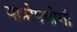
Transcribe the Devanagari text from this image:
यात्रोपयोगी